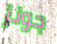
جونز